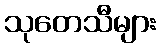
သုတေသီများ